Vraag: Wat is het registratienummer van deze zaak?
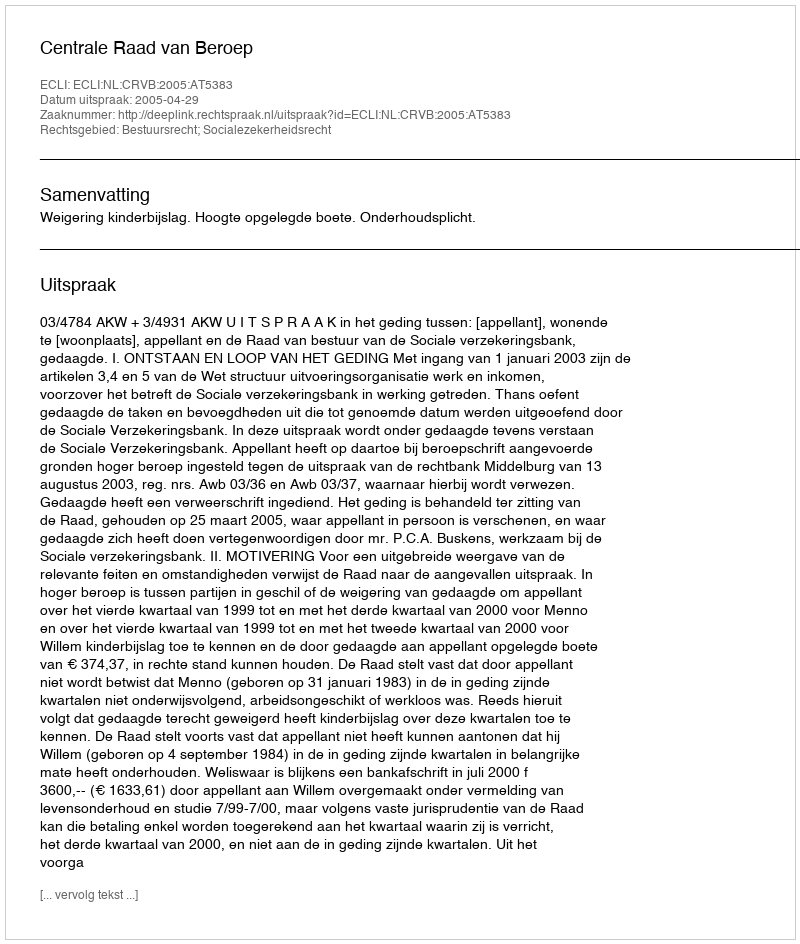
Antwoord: http://deeplink.rechtspraak.nl/uitspraak?id=ECLI:NL:CRVB:2005:AT5383